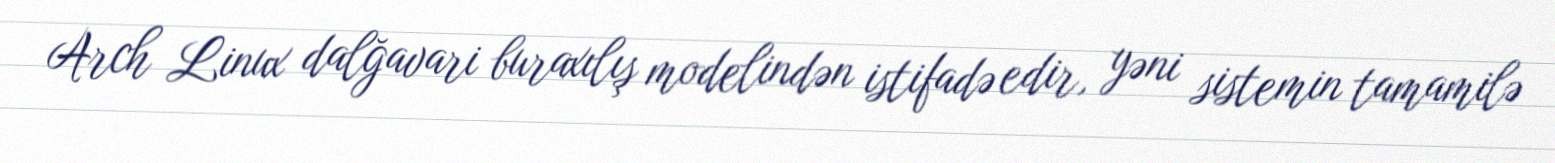
Arch Linux dalğavari buraxılış modelindən istifadə edir, yəni sistemin tamamilə